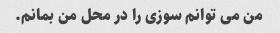
من می توانم سوزی را در محل من بمانم.